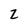
Character: 2